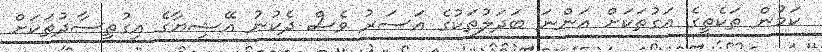
ކަމުން ތަކެތީގެ އަގުތަކަށް އަންނަ ބަދަލުތަކުގެ އަސަރު ވެސް ދެކުނު އޭޝިޔާގެ އިގުތިސާދުތަކަށް